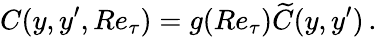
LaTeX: C(y,y^{\prime},Re_{\tau})=g(Re_{\tau})\widetilde{C}(y,y^{\prime})\, .